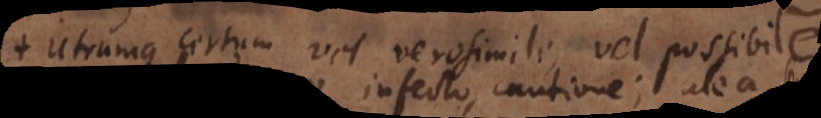
Utrumque certum vel vero simile, vel possibile.